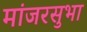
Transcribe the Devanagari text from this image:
मांजरसुभा